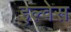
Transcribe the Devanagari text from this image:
इल्वेस